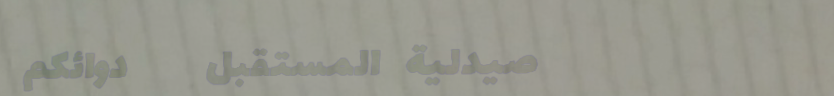
صيدلية المستقبل   دوائكم